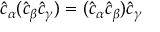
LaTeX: \hat { c } _ { \alpha } ( \hat { c } _ { \beta } \hat { c } _ { \gamma } ) = ( \hat { c } _ { \alpha } \hat { c } _ { \beta } ) \hat { c } _ { \gamma }